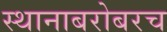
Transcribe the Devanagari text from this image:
स्थानाबरोबरच